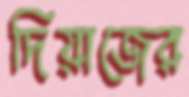
দিয়াজের